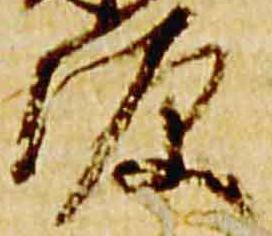
源